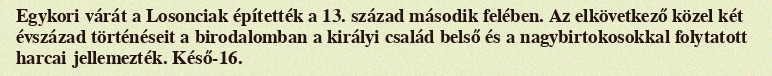
Egykori várát a Losonciak építették a 13. század második felében. Az elkövetkező közel két évszázad történéseit a birodalomban a királyi család belső és a nagybirtokosokkal folytatott harcai jellemezték. Késő-16.